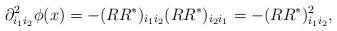
LaTeX: \begin{align*} \partial^2_{i_1 i_2} \phi(x) = -(R R^\ast)_{i_1 i_2} (R R^\ast)_{i_2 i_1} = -(R R^\ast)^2_{i_1 i_2},\end{align*}